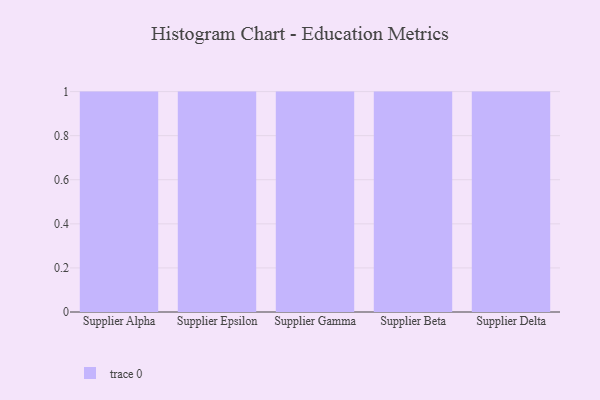
{"axis": {"x": "Supplier", "y": "Website Visitors"}, "legend": [""], "data": [{"x": "Supplier Alpha", "y": 15, "type": ""}, {"x": "Supplier Epsilon", "y": 53, "type": ""}, {"x": "Supplier Gamma", "y": 68, "type": ""}, {"x": "Supplier Beta", "y": 32, "type": ""}, {"x": "Supplier Delta", "y": 24, "type": ""}]}